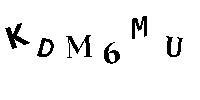
KDM6MU